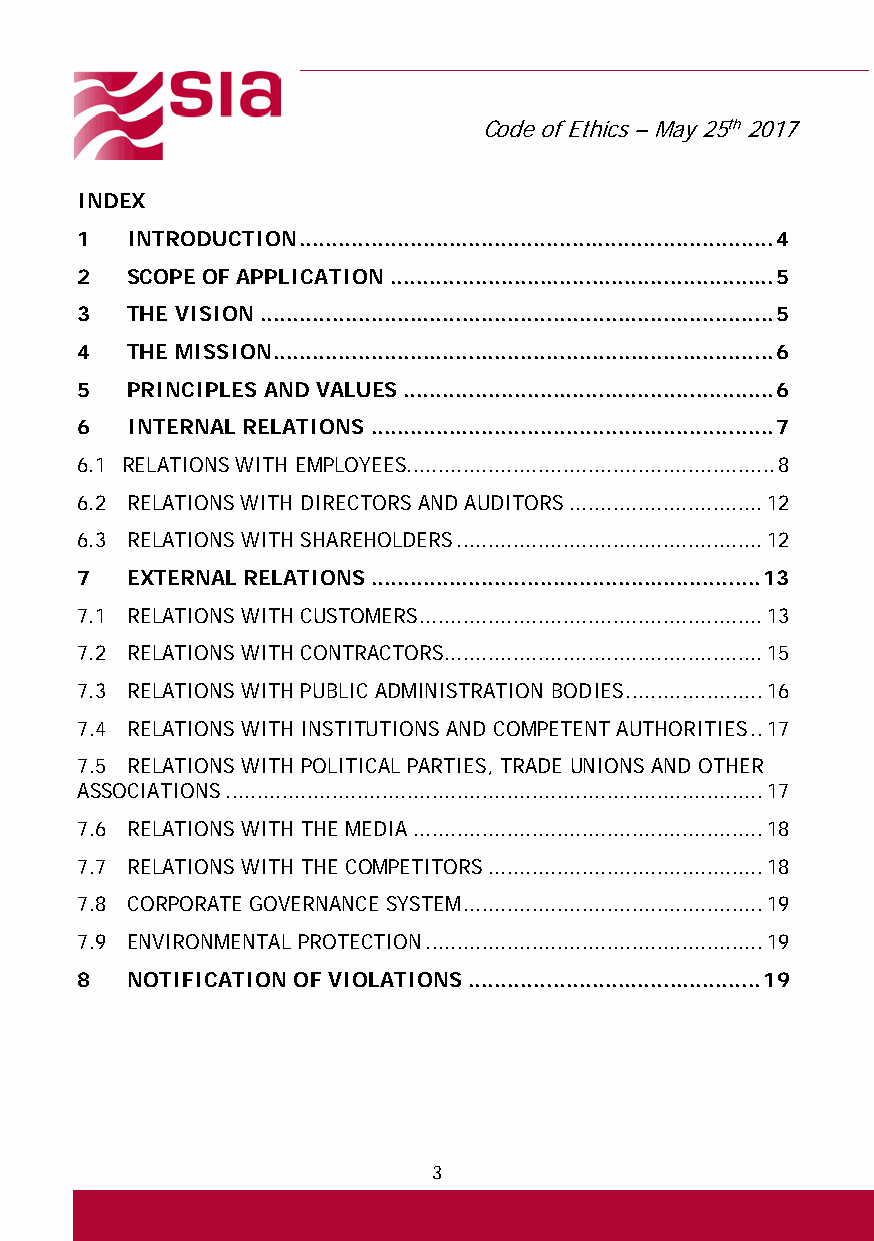
Code of Ethics – May 25th 2017
 INDEX
 1  INTRODUCTION ......................................................................... 4
 2  SCOPE OF APPLICATION ........................................................... 5
 3  THE VISION ............................................................................... 5
 4  THE MISSION ............................................................................. 6
 5  PRINCIPLES AND VALUES ......................................................... 6
 6  INTERNAL RELATIONS .............................................................. 7
 6.1 RELATIONS WITH EMPLOYEES........................................................... 8
 6.2 RELATIONS WITH DIRECTORS AND AUDITORS ............................... 12
 6.3 RELATIONS WITH SHAREHOLDERS ................................................. 12
 7  EXTERNAL RELATIONS ............................................................ 13
 7.1 RELATIONS WITH CUSTOMERS ....................................................... 13
 7.2 RELATIONS WITH CONTRACTORS ................................................... 15
 7.3 RELATIONS WITH PUBLIC ADMINISTRATION BODIES ...................... 16
 7.4 RELATIONS WITH INSTITUTIONS AND COMPETENT AUTHORITIES .. 17
 7.5 RELATIONS WITH POLITICAL PARTIES, TRADE UNIONS AND OTHER
 ASSOCIATIONS ...................................................................................... 17
 7.6 RELATIONS WITH THE MEDIA ........................................................ 18
 7.7 RELATIONS WITH THE COMPETITORS ............................................ 18
 7.8 CORPORATE GOVERNANCE SYSTEM ................................................ 19
 7.9 ENVIRONMENTAL PROTECTION ...................................................... 19
 8  NOTIFICATION OF VIOLATIONS ............................................. 19
 3